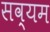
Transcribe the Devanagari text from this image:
सव्यम